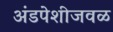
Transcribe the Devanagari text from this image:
अंडपेशीजवळ